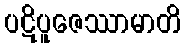
ပဋိပူဇေဿာမာတိ